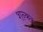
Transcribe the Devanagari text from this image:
शन्कर्